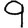
Digit: 9